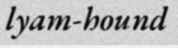
lyam-hound